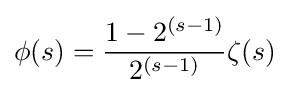
\phi (s)={\frac {1-2^{(s-1)}}{2^{(s-1)}}}\zeta (s)